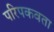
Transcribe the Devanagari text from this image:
परिपकवता